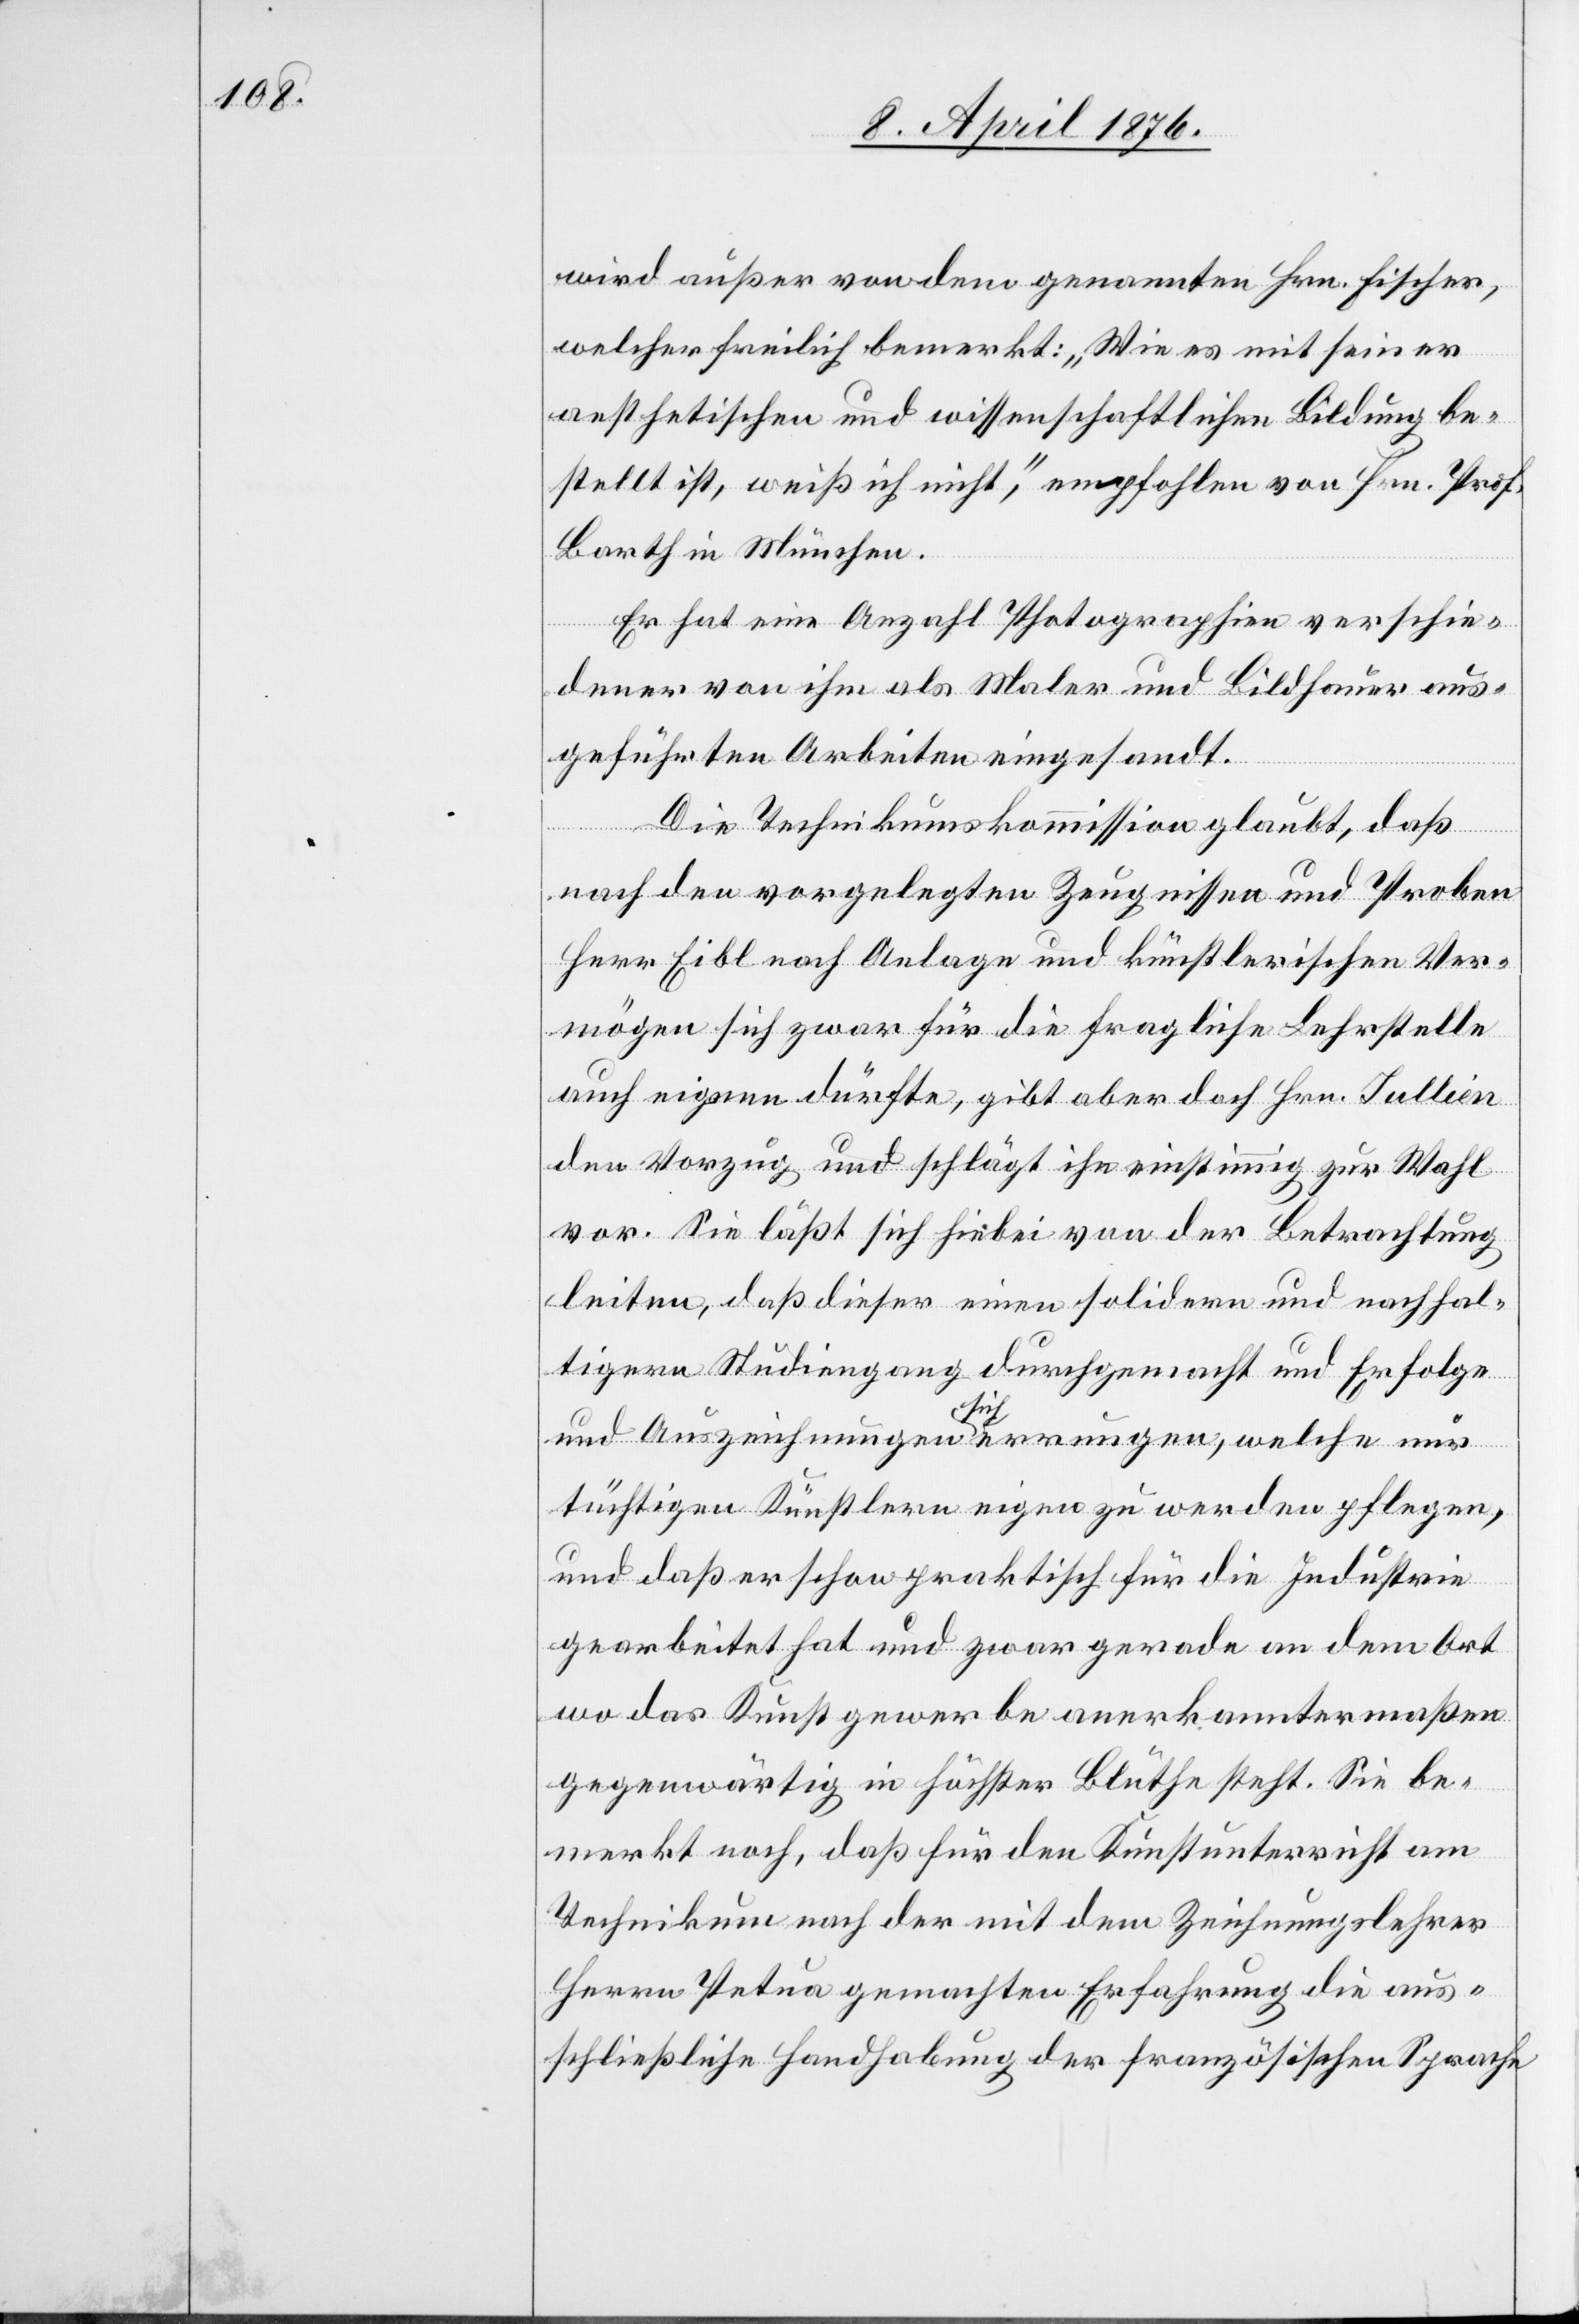
wird außer von dem genannten Hrn. Fischer,
welcher freilich bemerkt: „Wie es mit seiner
aesthetischen und wissenschaftlichen Bildung be¬
stellt ist, weiß ich nicht, empfohlen von Hrn. Prof.
Barth in München.
Er hat eine Anzahl Photographien verschie¬
dener von ihm als Maler und Bildhauer aus¬
geführten Arbeiten eingesandt.
Die Technikumskommission glaubt, daß
nach den vorgelegten Zeugnissen und Proben
Herr Eibl nach Anlage und künstlerischen Ver¬
mögen sich zwar für die fragliche Lehrstelle
auch eigenen dürfte, gibt aber doch Hrn. Jullien
den Vorzug und schlägt ihn einstimmig zur Wahl
vor. Sie läßt sich hiebei von der Betrachtung
leiten, daß dieser einen solidern und nachhal¬
tigern Studiengang durchgemacht und Erfolg
und Auszeichnungen sich errungen, welche nur
tüchtigen Künstler eigen zu werden pflegen,
und daß er schon praktisch für die Industrie
gearbeitet hat und zwar gerade an dem Ort
wo das Kunstgewerbe anerkanntermaßen
gegenwärtig in höchster Blüthe steht. Sie be¬
merkt noch, daß für den Kunstunterricht am
Technikum nach der mit dem Zeichnungslehrer
Herrn Petua gemachten Erfahrungen die aus¬
schließliche Handhabung der französischen Sprache